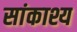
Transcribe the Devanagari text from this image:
सांकाश्य